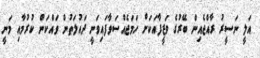
އަލީ ނަސީރު ރާއްޖެއިން ބޭރުގެ ވަޒީފާއަކަށް ހަމަޖެއްސަވާފައިވަނީ ދައުލަތުން ވައްކަން ކުރުމާއި މަނީ